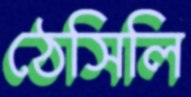
ঠেসিলি